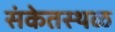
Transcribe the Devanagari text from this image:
संकेतस्‍थळ